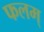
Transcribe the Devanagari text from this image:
फलम्